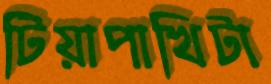
টিয়াপাখিটা